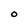
Character: O